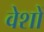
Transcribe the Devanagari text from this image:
वेशों